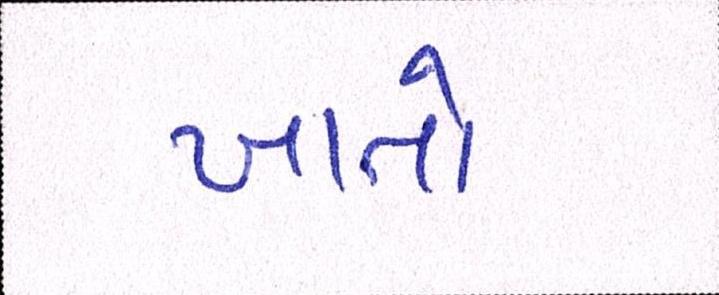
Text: ખાતો